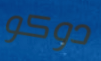
دوكو